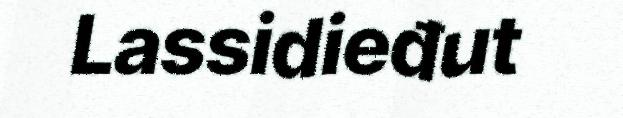
Lassidieđut